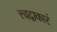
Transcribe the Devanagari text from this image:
त्त्वदाकारं